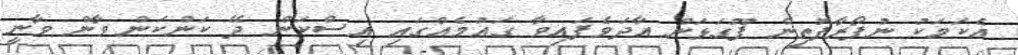
އެކަމަކު ނުފޯރާފޮތިން ފޫގަޅަން އާދަވެފައިވާ ގައުމެއްގައި އިސްކަން ދޭ ކަންކަން ވާން ވާނީ